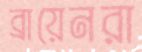
ব্রায়েনরা